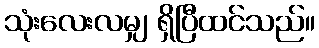
သုံးလေးလမျှ ရှိပြီထင်သည်။